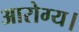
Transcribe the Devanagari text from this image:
आरोग्य।